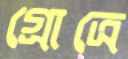
গ্রোত্রে